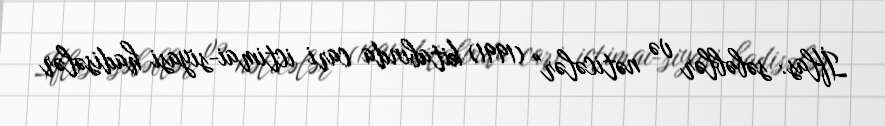
İflas: səbəblər və nəticələr" (1991) kitabında cari ictimai-siyasi hadisələr